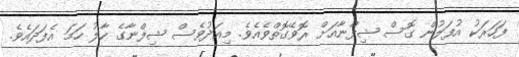
ފަހަރަކު އުފަލުން ގޮސް ޝިފްނާއަށް ރޮވޭގޮތްވެއެވެ. މިއަދުވެސް ޝިފްނާގެ ހާލު ހަމަ އެފަދައެވެ.